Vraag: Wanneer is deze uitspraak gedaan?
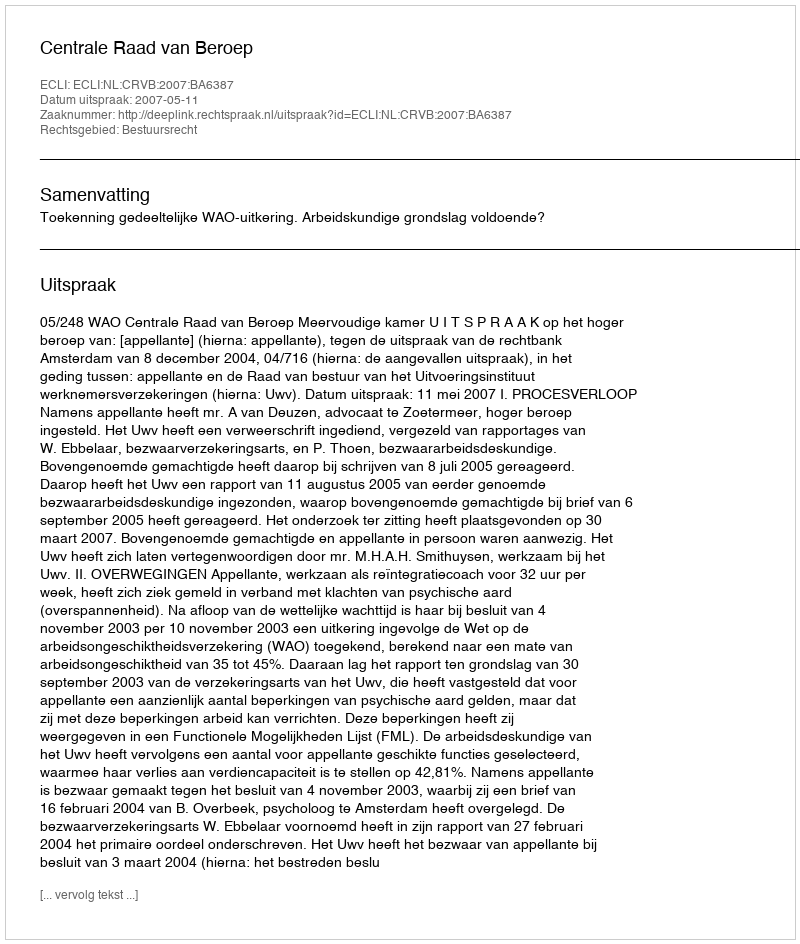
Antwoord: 2007-05-11